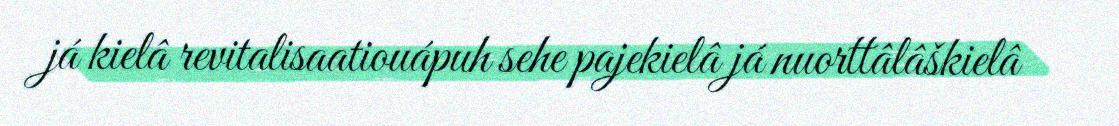
já kielâ revitalisaatiouápuh sehe pajekielâ já nuorttâlâškielâ